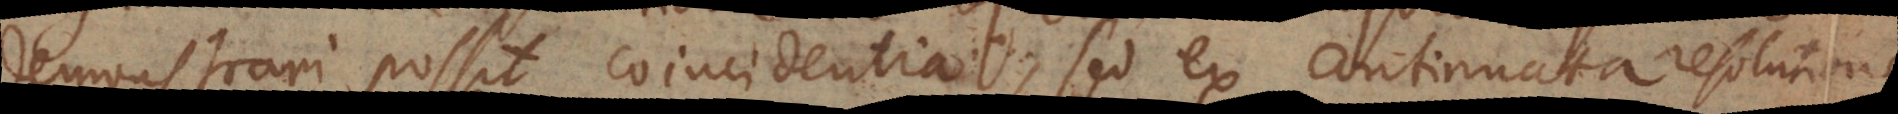
demonstrari possit coincidentia, sed ex continuata resoluti